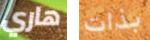
هاري بذات